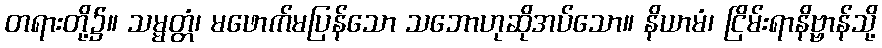
တရားတို့၌။ သမ္မတ္တံ၊ မဖောက်မပြန်သော သဘောဟုဆိုအပ်သော။ နိယာမံ၊ ငြိမ်းရာနိဗ္ဗာန်သို့